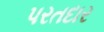
પરતદાર